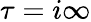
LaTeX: \tau=i\infty